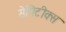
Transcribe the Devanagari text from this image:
सेमिटीक्स